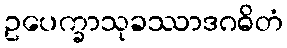
ဥပေက္ခာသုခဿာဒဂဓိတံ